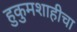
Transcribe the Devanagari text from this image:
हुकुमशाहीचा